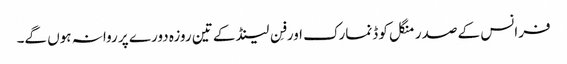
فرانس کے صدر منگل کو ڈنمارک اور فِن لینڈ کے تین روزہ دورے پر روانہ ہوں گے۔